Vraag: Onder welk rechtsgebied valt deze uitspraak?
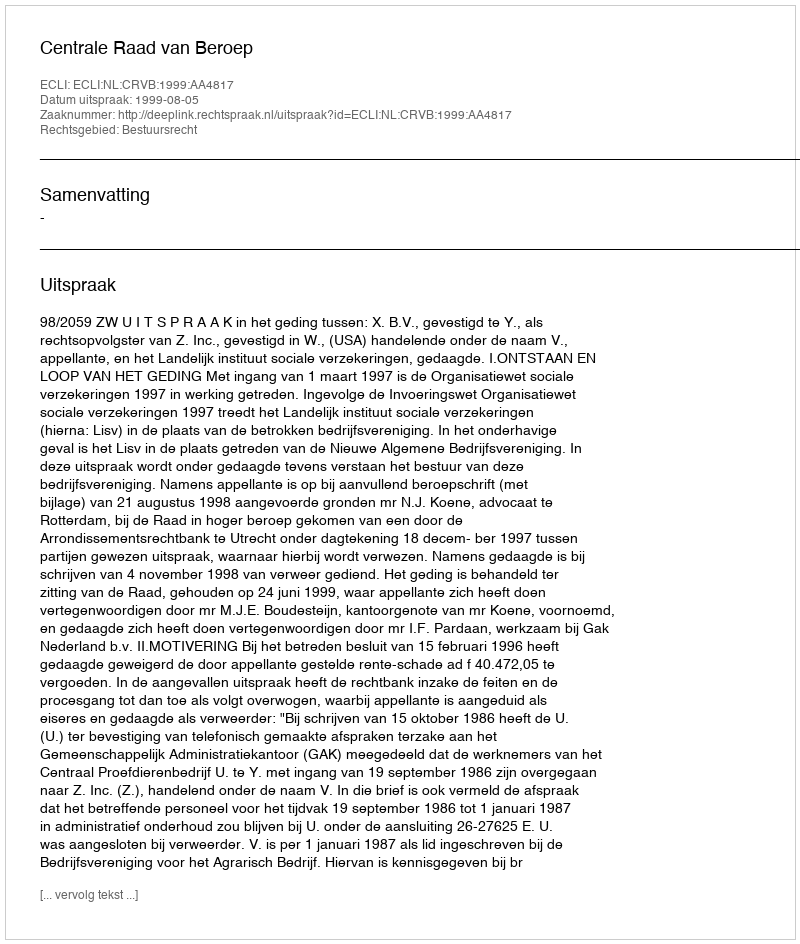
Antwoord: Bestuursrecht